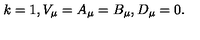
k = 1 , V _ { \mu } = A _ { \mu } = B _ { \mu } , D _ { \mu } = 0 .